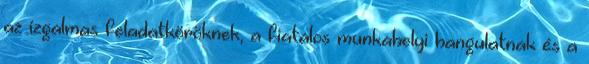
az izgalmas feladatköröknek, a fiatalos munkahelyi hangulatnak és a